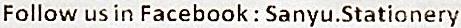
FOLLOW US IN FACEBOOK : SANYU.STATIONERY